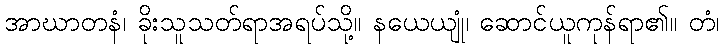
အာဃာတနံ၊ ခိုးသူသတ်ရာအရပ်သို့။ နယေယျုံ၊ ဆောင်ယူကုန်ရာ၏။ တံ၊